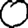
Digit: 0